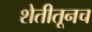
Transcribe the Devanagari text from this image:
शेतीतूनच